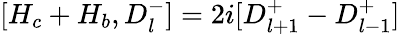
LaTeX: [H_{c}+H_{b},D_{l}^{-}]=2i[D_{l+1}^{+}-D_{l-1}^{+}]